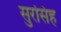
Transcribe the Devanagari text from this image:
सुरसिंह